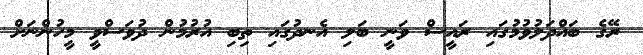
ރޭގެ ބައްދަލުވުމުގައި ރައީސް ވަނީ ބަލި އެނދުގައި ތިބި އުރުމުން ދުވަސްވީ މީހުންނަށް